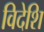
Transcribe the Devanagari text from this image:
विदेशि